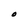
Character: O